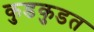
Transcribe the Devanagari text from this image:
कुडकुडत